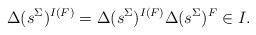
LaTeX: \begin{align*}\Delta(s^\Sigma)^{I(F)}=\Delta(s^\Sigma)^{I(F)}\Delta(s^\Sigma)^{F}\in I.\end{align*}